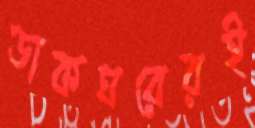
ডাকঘরেরই